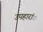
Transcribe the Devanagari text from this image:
उपहारांे